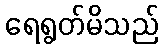
ရေရွတ်မိသည်